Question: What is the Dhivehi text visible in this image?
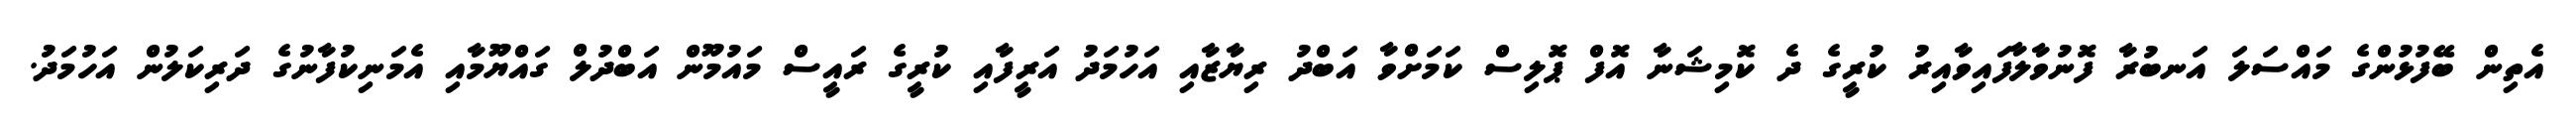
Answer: އެތިން ބޭފުޅުންގެ މައްސަލަ އަނބުރާ ފޮނުވާލާފައިވާއިރު ކުރީގެ ދެ ކޮމިޝަނާ އޮފް ޕޮލިސް ކަމަށްވާ އަބްދު ރިޔާޒާއި އަހުމަދު އަރީފާއި ކުރީގެ ރައީސް މައުމޫން އަބްދުލް ގައްޔޫމާއި އެމަނިކުފާނުގެ ދަރިކަލުން އަހުމަދު.